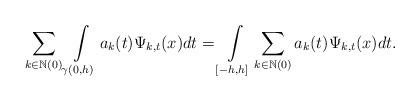
LaTeX: \begin{align*}\sum_{k\in\mathbb{N}(0)}\int\limits_{\gamma(0,h)}a_{k}(t)\Psi_{k,t}(x)dt=\int\limits_{[-h,h]}\sum_{k\in\mathbb{N}(0)}a_{k}(t)\Psi_{k,t}(x)dt.\end{align*}